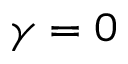
\gamma = 0